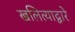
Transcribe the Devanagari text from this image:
खलित्याद्वारे